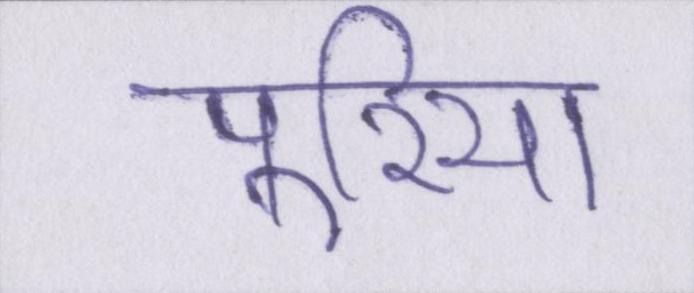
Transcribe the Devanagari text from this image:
पूरिया